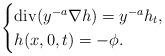
LaTeX: \begin{align*}\begin{cases}\operatorname{div}(y^{-a} \nabla h)= y^{-a} h_t,\\h(x, 0, t)= -\phi.\end{cases}\end{align*}